Report on vaccination North-West Frontier Province 1904-1922 - 1904-1922
Year: 1904
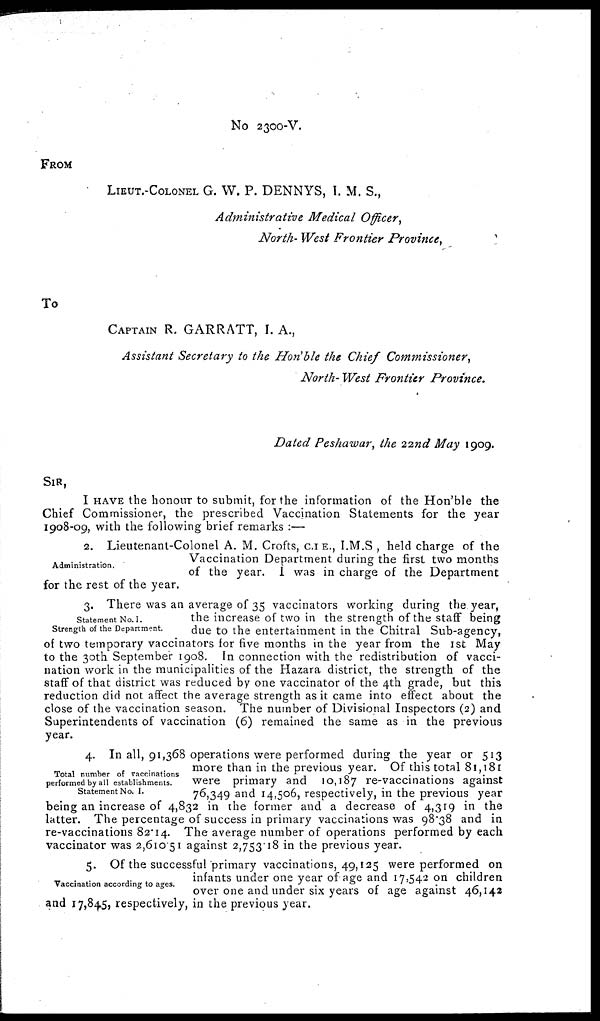
No 2300-V.
FROM
LIEUT.-COLONEL G. W. P. DENNYS, I. M. S.,
Administrative Medical Officer,
North-West Frontier Province,
To
CAPTAIN R. GARRATT, I. A.,
Assistant Secretary to the Hon'ble the Chief Commissioner,
North- West Frontier Province.
Dated Peshawar, the 22nd May 1909.
SIR,
I HAVE the honour to submit, for the information of the Hon'ble the
Chief Commissioner, the prescribed Vaccination Statements for the year
1908-09, with the following brief remarks :—
Administration.
2. Lieutenant-Colonel A. M. Crofts, C.I.E., I.M.S , held charge of the
Vaccination Department during the first two months
of the year. I was in charge of the Department
for the rest of the year.
Statement No. I.
Strength of the Department.
3. There was an average of 35 vaccinators working during the year,
the increase of two in the strength of the staff being
due to the entertainment in the Chitral Sub-agency,
of two temporary vaccinators for five months in the year from the 1st May
to the 30th September 1908. In connection with the redistribution of vacci-
nation work in the municipalities of the Hazara district, the strength of the
staff of that district was reduced by one vaccinator of the 4th grade, but this
reduction did not affect the average strength as it came into effect about the
close of the vaccination season. The number of Divisional Inspectors (2) and
Superintendents of vaccination (6) remained the same as in the previous
year.
Total number of vaccinations
performed by all establishments.
Statement No. I.
4. In all, 91,368 operations were performed during the year or 513
more than in the previous year. Of this total 81,181
were primary and 10,187 re-vaccinations against
76,349 and 14,506, respectively, in the previous year
being an increase of 4,832 in the former and a decrease of 4,319 in the
latter. The percentage of success in primary vaccinations was 98.38 and in
re-vaccinations 82.14. The average number of operations performed by each
vaccinator was 2,610.51 against 2,753.18 in the previous year.
Vaccination according to ages.
5. Of the successful primary vaccinations, 49,125 were performed on
infants under one year of age and 17,542 on children
over one and under six years of age against 46,142
and 17,845, respectively, in the previous year.